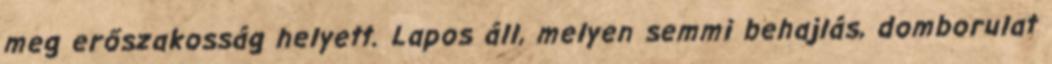
meg erőszakosság helyett. Lapos áll, melyen semmi behajlás, domborulat